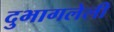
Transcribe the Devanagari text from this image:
दुभागलेली